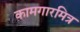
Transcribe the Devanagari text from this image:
कामगारमित्र